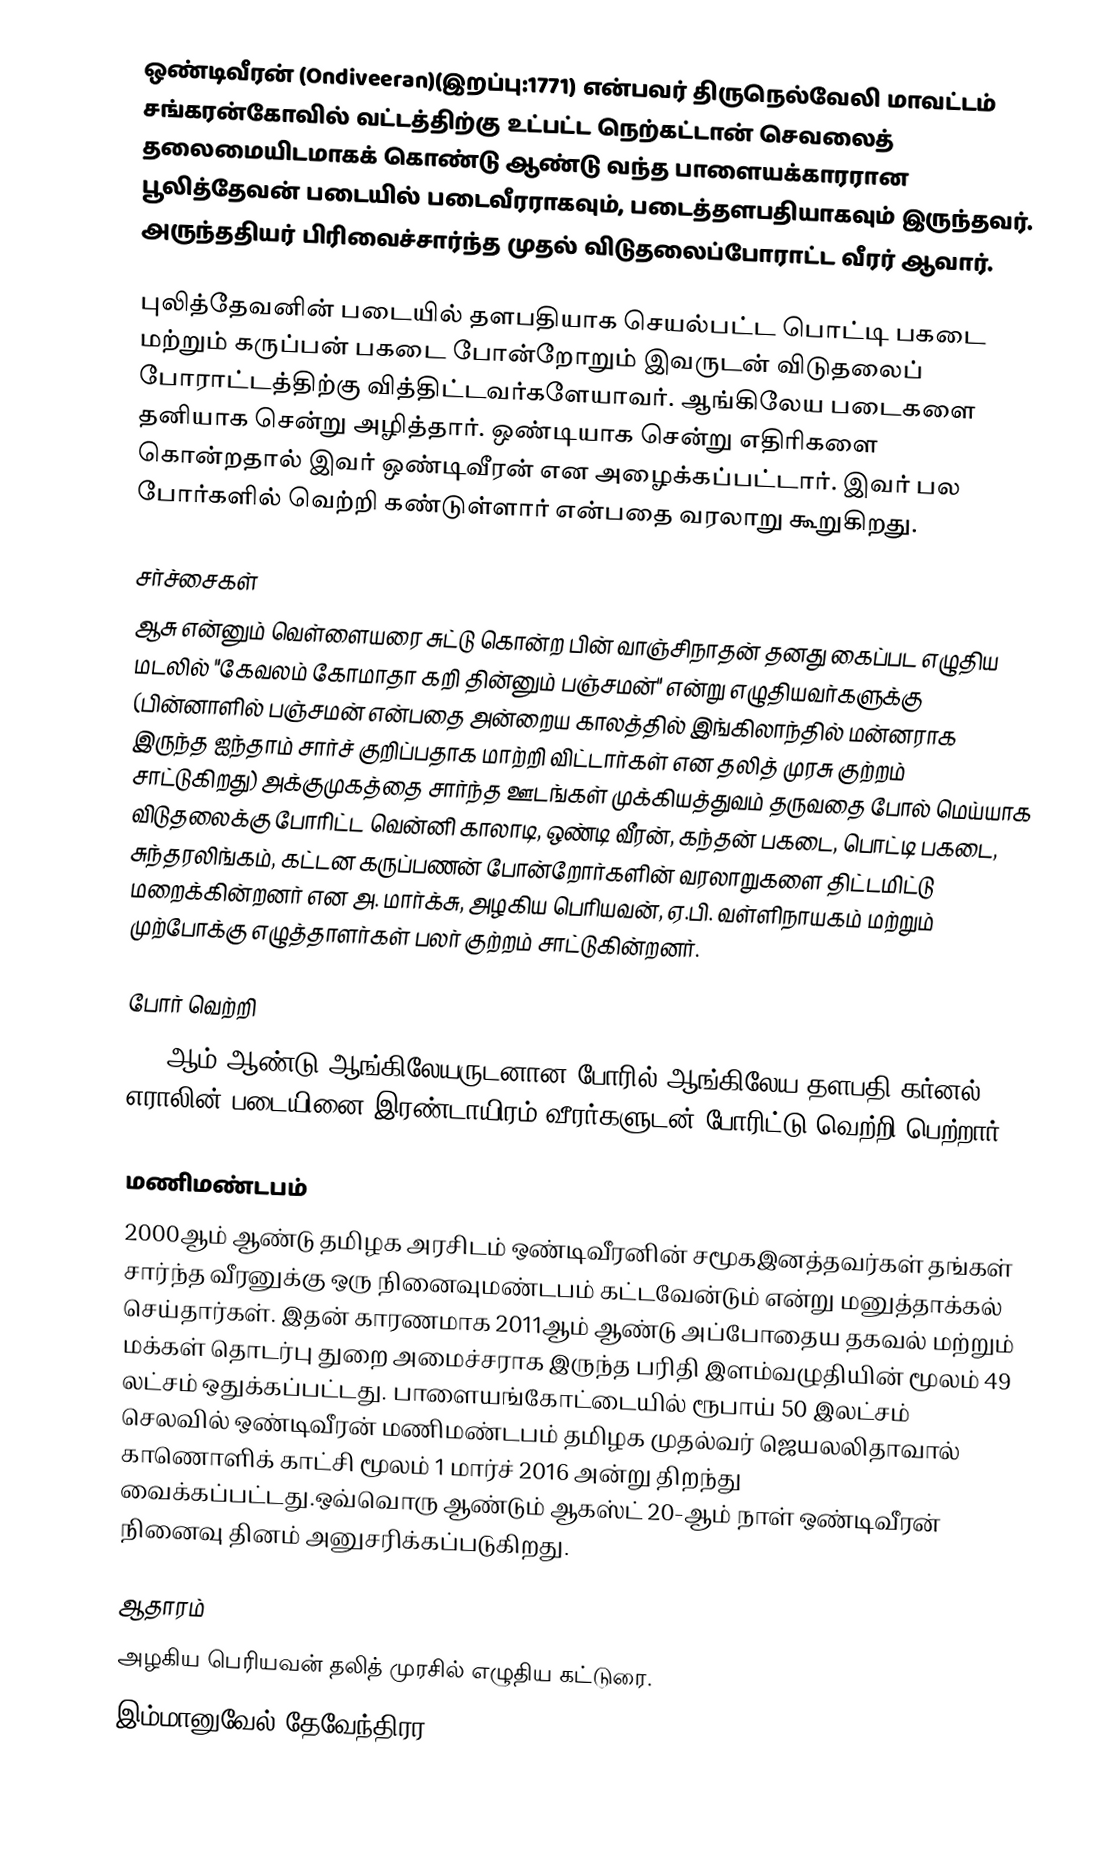
ஒண்டிவீரன் (Ondiveeran)(இறப்பு:1771) என்பவர் திருநெல்வேலி மாவட்டம் சங்கரன்கோவில் வட்டத்திற்கு உட்பட்ட நெற்கட்டான் செவலைத் தலைமையிடமாகக் கொண்டு ஆண்டு வந்த பாளையக்காரரான பூலித்தேவன் படையில் படைவீரராகவும், படைத்தளபதியாகவும் இருந்தவர். அருந்ததியர் பிரிவைச்சார்ந்த  முதல் விடுதலைப்போராட்ட வீரர் ஆவார்.

புலித்தேவனின் படையில் தளபதியாக செயல்பட்ட பொட்டி பகடை மற்றும் கருப்பன் பகடை போன்றோறும் இவருடன் விடுதலைப் போராட்டத்திற்கு வித்திட்டவர்களேயாவர். ஆங்கிலேய படைகளை தனியாக சென்று அழித்தார். ஒண்டியாக சென்று எதிரிகளை கொன்றதால் இவர் ஒண்டிவீரன் என அழைக்கப்பட்டார். இவர் பல போர்களில் வெற்றி கண்டுள்ளார் என்பதை வரலாறு கூறுகிறது.

சர்ச்சைகள்
ஆசு என்னும் வெள்ளையரை சுட்டு கொன்ற பின் வாஞ்சிநாதன் தனது கைப்பட எழுதிய மடலில் "கேவலம் கோமாதா கறி தின்னும் பஞ்சமன்"  என்று எழுதியவர்களுக்கு (பின்னாளில் பஞ்சமன் என்பதை அன்றைய காலத்தில் இங்கிலாந்தில் மன்னராக இருந்த ஐந்தாம் சார்ச் குறிப்பதாக மாற்றி விட்டார்கள் என தலித் முரசு குற்றம் சாட்டுகிறது) அக்குமுகத்தை சார்ந்த ஊடங்கள் முக்கியத்துவம் தருவதை போல் மெய்யாக விடுதலைக்கு போரிட்ட வென்னி காலாடி, ஒண்டி வீரன், கந்தன் பகடை, பொட்டி பகடை, சுந்தரலிங்கம், கட்டன கருப்பணன் போன்றோர்களின் வரலாறுகளை திட்டமிட்டு மறைக்கின்றனர் என அ. மார்க்சு, அழகிய பெரியவன், ஏ.பி. வள்ளிநாயகம் மற்றும் முற்போக்கு எழுத்தாளர்கள் பலர் குற்றம் சாட்டுகின்றனர்.

போர் வெற்றி
1767ஆம் ஆண்டு ஆங்கிலேயருடனான போரில் ஆங்கிலேய தளபதி கர்னல் எராலின் படையினை இரண்டாயிரம் வீரர்களுடன் போரிட்டு வெற்றி பெற்றார்.

மணிமண்டபம்
2000ஆம் ஆண்டு தமிழக அரசிடம் ஒண்டிவீரனின் சமூகஇனத்தவர்கள் தங்கள் சார்ந்த வீரனுக்கு ஒரு நினைவுமண்டபம் கட்டவேன்டும் என்று மனுத்தாக்கல் செய்தார்கள்.  இதன் காரணமாக 2011ஆம் ஆண்டு அப்போதைய தகவல் மற்றும் மக்கள் தொடர்பு துறை அமைச்சராக இருந்த பரிதி இளம்வழுதியின் மூலம் 49 லட்சம் ஒதுக்கப்பட்டது. பாளையங்கோட்டையில் ரூபாய் 50 இலட்சம் செலவில் ஒண்டிவீரன் மணிமண்டபம் தமிழக முதல்வர் ஜெயலலிதாவால் காணொளிக் காட்சி மூலம் 1 மார்ச் 2016 அன்று திறந்து வைக்கப்பட்டது.ஒவ்வொரு ஆண்டும் ஆகஸ்ட் 20-ஆம் நாள் ஒண்டிவீரன் நினைவு தினம் அனுசரிக்கப்படுகிறது.

ஆதாரம்
அழகிய பெரியவன் தலித் முரசில்  எழுதிய கட்டுரை.
இம்மானுவேல் தேவேந்திரர